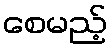
စေမည့်